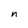
Character: n